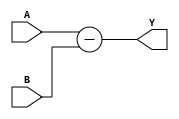
`timescale 1ns / 1ps

module Simple_Subt #(parameter W=8,N=3) /*#(W=11)*/   //tamo del exponente en 32 y 64 bits respectivamente
(
input wire [W-1:0] A,
input wire [N-1:0] B,
output wire [W-1:0] Y
);
assign Y = A-B;
endmodule